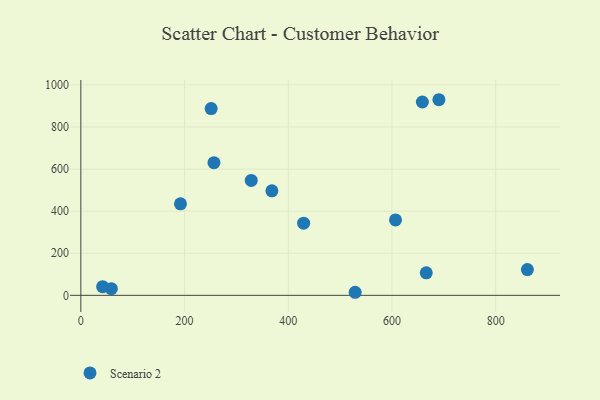
{"axis": {"x": "Experience", "y": "Fuel Efficiency"}, "legend": ["Scenario 2"], "data": [{"x": "690.5", "y": 929.5, "type": "Scenario 2"}, {"x": "58.8", "y": 31.5, "type": "Scenario 2"}, {"x": "429.6", "y": 342.7, "type": "Scenario 2"}, {"x": "529.0", "y": 14.5, "type": "Scenario 2"}, {"x": "606.8", "y": 358.5, "type": "Scenario 2"}, {"x": "666.1", "y": 107.0, "type": "Scenario 2"}, {"x": "256.7", "y": 630.5, "type": "Scenario 2"}, {"x": "861.1", "y": 122.2, "type": "Scenario 2"}, {"x": "328.6", "y": 545.9, "type": "Scenario 2"}, {"x": "42.0", "y": 40.9, "type": "Scenario 2"}, {"x": "192.1", "y": 434.6, "type": "Scenario 2"}, {"x": "251.3", "y": 887.4, "type": "Scenario 2"}, {"x": "368.4", "y": 496.5, "type": "Scenario 2"}, {"x": "658.6", "y": 918.8, "type": "Scenario 2"}]}